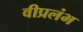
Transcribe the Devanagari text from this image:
वीप्रलंभ